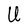
Character: U